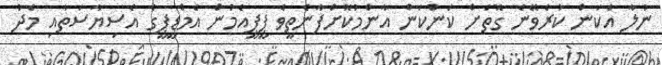
ނުލާ އެކަން ކުރެވޭނެ ގޮތަށް ކަންކަން އާންމުކޮށްފާނެތީވެ ޕީޕީއެމުން އެމްޑީޕީގެ އެސިޔާސަތާއި މެދު